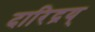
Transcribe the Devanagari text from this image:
दारिद्रय्